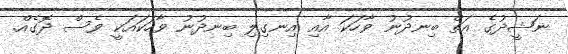
ނަޝީދުގެ އަތް ބިނދުނު ވާހަކަ އާއި އިނގިލި ބިނދުނު ވާހަކައަކީ ވެސް ދޮގެއް.